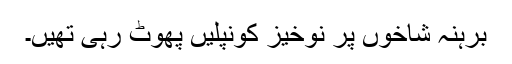
برہنہ شاخوں پر نوخیز کونپلیں پھوٹ رہی تھیں۔